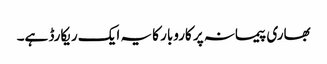
بھاری پیمانہ پر کاروبار کا یہ ایک ریکارڈ ہے۔